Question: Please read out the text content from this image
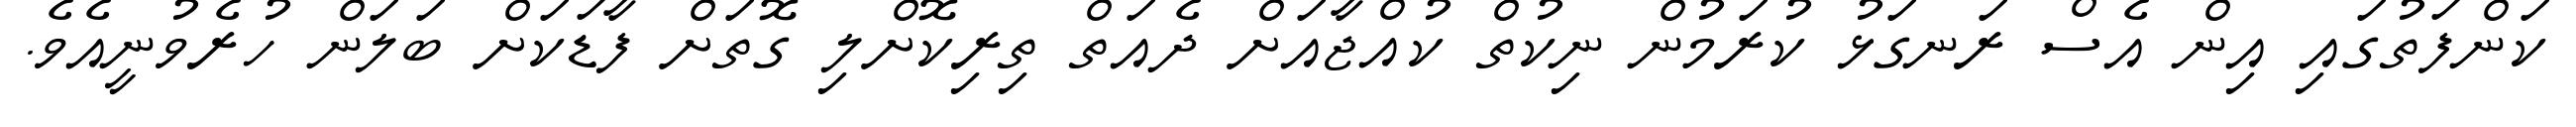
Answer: ކަންފަތުގައި އިން އެސް ރަނގަޅު ކުރަމުން ނިކުތް ކުއްޖާއަށް ދެއަތް ތިރިކޮށްލި ގޮތަށް ފާޑަކަށް ބަލަން ހުރެވުނީއެވެ.